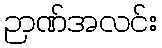
ဉာဏ်အလင်း